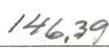
146,39